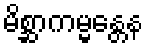
မိစ္ဆာကမ္မန္တေန